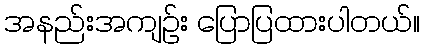
အနည်းအကျဉ်း ပြောပြထားပါတယ်။